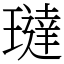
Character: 㼀